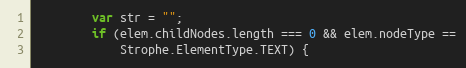
Language: JavaScript
        var str = "";
        if (elem.childNodes.length === 0 && elem.nodeType ==
            Strophe.ElementType.TEXT) {